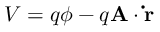
V = q \phi - q \mathbf { A } \cdot \mathbf { \dot { r } }